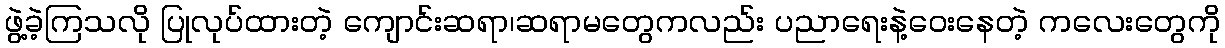
ဖွဲ့ခဲ့ကြသလို ပြုလုပ်ထားတဲ့ ကျောင်းဆရာ၊ဆရာမတွေကလည်း ပညာရေးနဲ့ဝေးနေတဲ့ ကလေးတွေကို